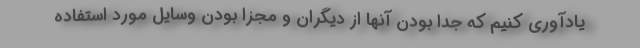
یادآوری کنیم که جدا بودن آنها از دیگران و مجزا بودن وسایل مورد استفاده